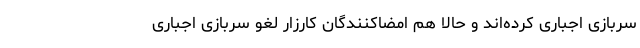
سربازی اجباری کرده‌اند و حالا هم امضاکنندگان کارزار لغو سربازی اجباری